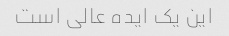
این یک ایده عالی است